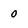
Character: 0